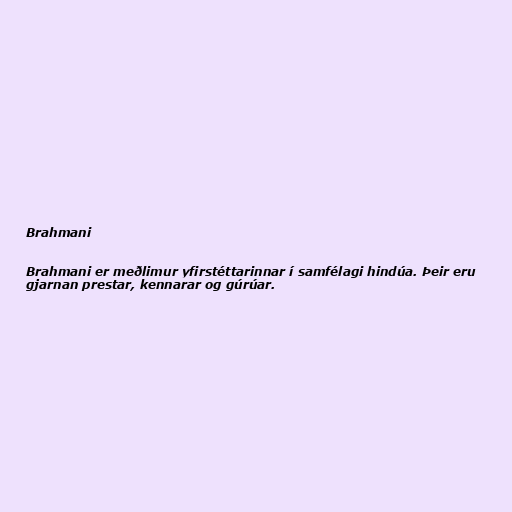
Brahmani

Brahmani er meðlimur yfirstéttarinnar í samfélagi hindúa. Þeir eru
gjarnan prestar, kennarar og gúrúar.